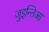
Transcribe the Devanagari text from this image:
जुइन्तिआ